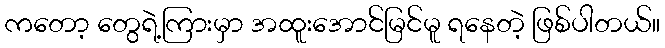
ကတော့ တွေရဲ့ကြားမှာ အထူးအောင်မြင်မူ ရနေတဲ့ ဖြစ်ပါတယ်။